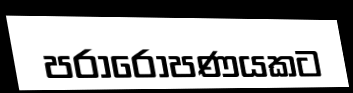
පරාරෝපණයකට